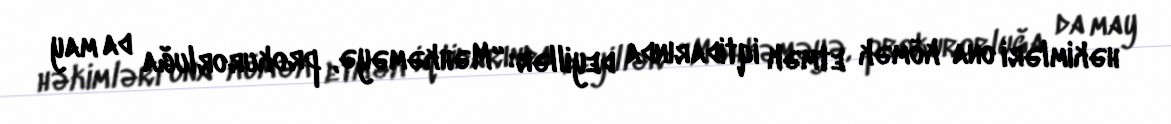
həkimləri ona kömək etmək iqtidarında deyillər: “Məhkəməyə, prokurorluğa da may